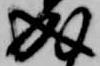
成